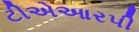
ટીએઆરપી